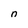
Character: n